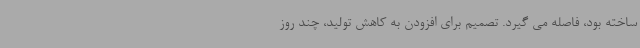
ساخته بود، فاصله می گیرد. تصمیم برای افزودن به کاهش تولید، چند روز